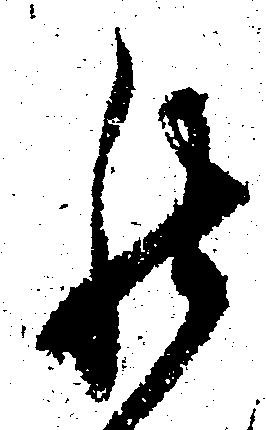
罷